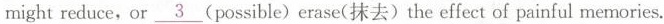
might reduce,or\underline{3}(possible)erase(抹去)the effect of painful memories.